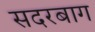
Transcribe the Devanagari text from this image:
सदरबाग